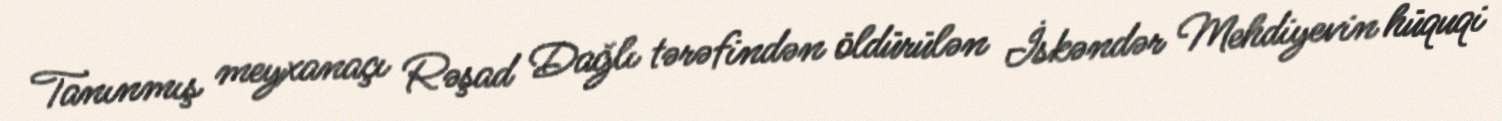
Tanınmış meyxanaçı Rəşad Dağlı tərəfindən öldürülən İskəndər Mehdiyevin hüquqi